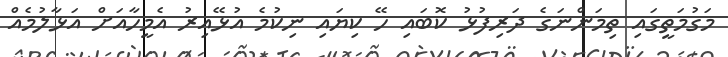
މަގުމަތީގައި ތިމަންނަގެ ދަރިފުޅު ކޮބައި ހޭ ކިޔައި ނިކުމެ އުޅޭއިރު އެމީހާއަށް އަޅާލުމެއް